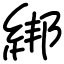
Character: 綁